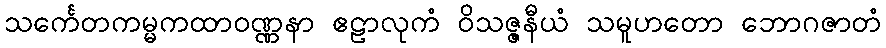
သင်္ကေတကမ္မကထာဝဏ္ဏနာ ဧဠာလုကံ ဝိသဇ္ဇနီယံ သမူဟတော ဘောဂဇာတံ